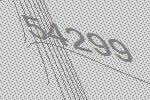
54299